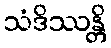
သံဒိဿန္တိ